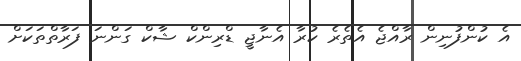
އެ ކުންފުނިން ރާއްޖެ އެތެރެ ކުރާ އެނާޖީ ޑްރިންކް ޝާކް ގަންނަ ފަރާތްތަކަށް